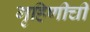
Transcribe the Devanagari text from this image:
गृहिणीची